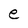
Character: e